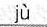
ju